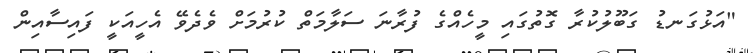
"އަޅުގަނޑު ގަބޫލުކުރާ ގޮތުގައި މީހެއްގެ ފުރާނަ ސަލާމަތް ކުރުމަށް ވެދެވޭ އެހީއަކީ ފައިސާއިން